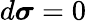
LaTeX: d{\boldsymbol{\sigma}}=0